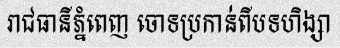
រាជធានីភ្នំពេញ ចោទប្រកាន់ពីបទហិង្សា